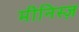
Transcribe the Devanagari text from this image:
मीनिस्ज़